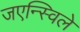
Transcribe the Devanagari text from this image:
जएन्स्विले